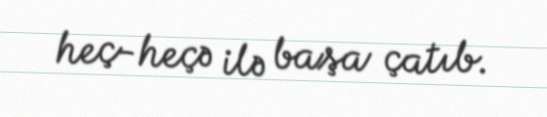
heç-heçə ilə başa çatıb.